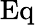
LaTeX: \operatorname{Eq}